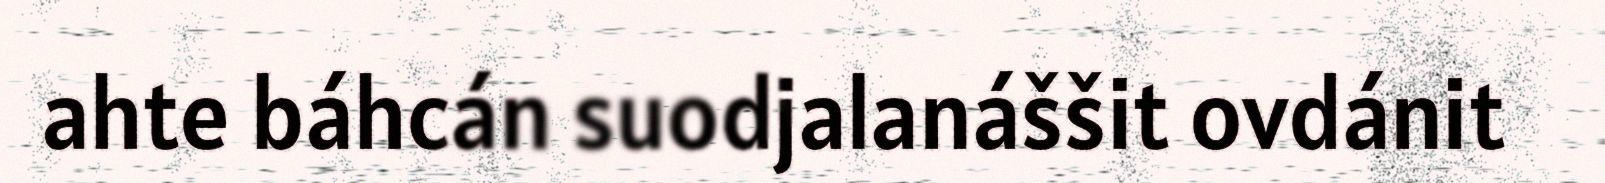
ahte báhcán suodjalanáššit ovdánit